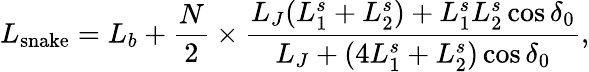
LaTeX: L_{\mathrm{snake}}=L_{b}+\frac{N}{2}\times\frac{L_{J}(L_{1}^{s}+L_{2}^{s})+L_{1}^{s}L_{2}^{s}\cos\delta_{0}}{L_{J}+(4L_{1}^{s}+L_{2}^{s})\cos\delta_{0}},